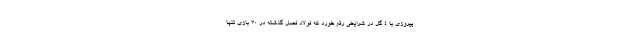
پیروزی با 4 گل در شرایطی رقم خورد که فولاد فصل گذشته در 30 بازی تنها